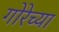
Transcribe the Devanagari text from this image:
गोरेच्या